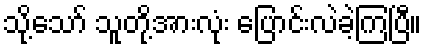
သို့သော် သူတို့အားလုံး ပြောင်းလဲခဲ့ကြပြီ။